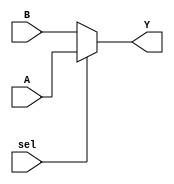
`timescale 1ns / 1ps
//////////////////////////////////////////////////////////////////////////////////
// Company: 
// Engineer: 
// 
// Design Name: 
// Module Name: MUX2x1
// Project Name: 
// Target Devices: 
// Tool Versions: 
// Description: 
// 
// Dependencies: 
// 
// Revision:
// Revision 0.01 - File Created
// Additional Comments:
// 
//////////////////////////////////////////////////////////////////////////////////


module MUX2x1(
    input A,
    input B,
    input sel,
    output Y
    );
    assign Y = (sel == 1'b1 ? A : B);
endmodule